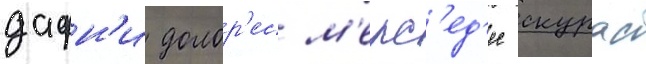
дафн'и долор'ес м'ерс'ед'ес скурас